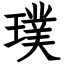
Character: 璞